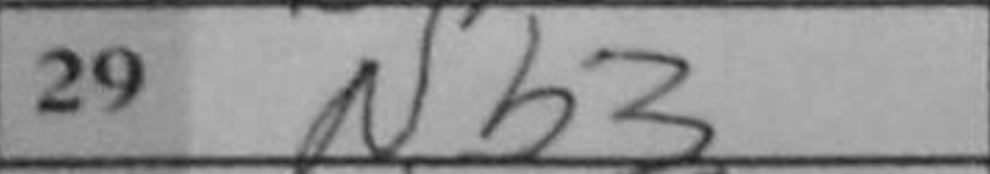
Transcription: Nb3